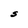
Character: S